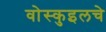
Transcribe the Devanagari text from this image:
वोस्कुइलचे